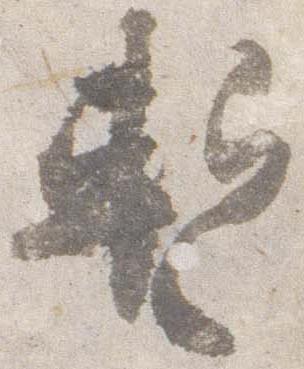
暫